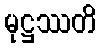
မုဋ္ဌဿတိ